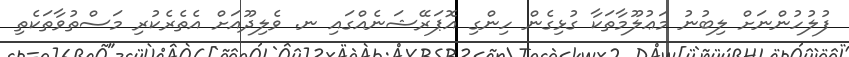
ފުލުހުންނަށް ލިބުނު މަޢުލޫމާތަކާ ގުޅިގެން ހިންގި އޮޕަރޭޝަނެއްގައި ނ. ވެލިދޫއަށް އެތެރެކުރި މަސްތުވާތަކެތި